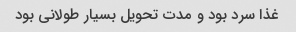
غذا سرد بود و مدت تحویل بسیار طولانی بود